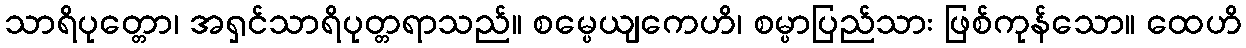
သာရိပုတ္တော၊ အရှင်သာရိပုတ္တရာသည်။ စမ္ပေယျကေဟိ၊ စမ္ပာပြည်သား ဖြစ်ကုန်သော။ ထေဟိ